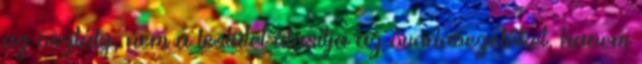
az osztály, nem a testület utasítja az óvodavezetőket, hanem